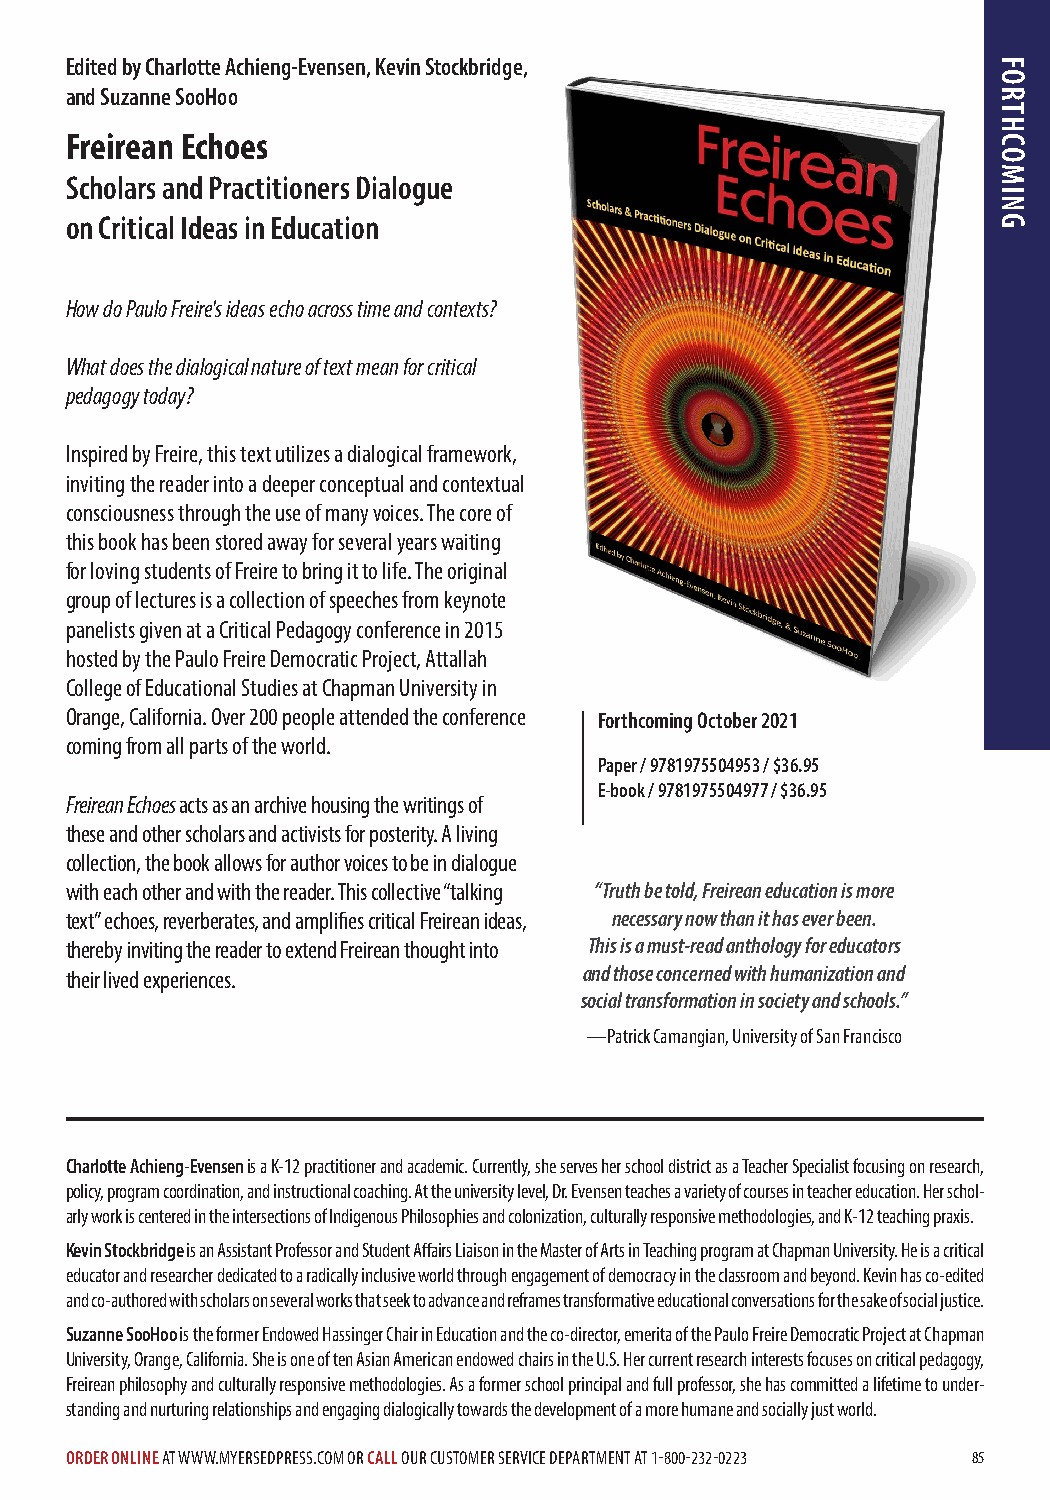
Edited by Charlotte Achieng-Evensen, Kevin Stockbridge,
 and Suzanne SooHoo
 Freirean Echoes
 Scholars and Practitioners Dialogue
 on Critical Ideas in Education
 How do Paulo Freire's ideas echo across time and contexts?
 What does the dialogical nature of text mean for critical
 pedagogy today?
 Inspired by Freire, this text utilizes a dialogical framework,
 inviting the reader into a deeper conceptual and contextual
 consciousness through the use of many voices. The core of
 this book has been stored away for several years waiting
 for loving students of Freire to bring it to life. The original
 group of lectures is a collection of speeches from keynote
 panelists given at a Critical Pedagogy conference in 2015
 hosted by the Paulo Freire Democratic Project, Attallah
 College of Educational Studies at Chapman University in
 Orange, California. Over 200 people attended the conference Forthcoming October 2021
 coming from all parts of the world.
 Paper / 9781975504953 / $36.95
 E-book / 9781975504977 / $36.95
 Freirean Echoes acts as an archive housing the writings of
 these and other scholars and activists for posterity. A living
 collection, the book allows for author voices to be in dialogue
 with each other and with the reader. This collective “talking “Truth be told, Freirean education is more
 text” echoes, reverberates, and amplifies critical Freirean ideas, necessary now than it has ever been.
 thereby inviting the reader to extend Freirean thought into This is a must-read anthology for educators
 their lived experiences.           and those concerned with humanization and
 social transformation in society and schools.”
 —Patrick Camangian, University of San Francisco
 Charlotte Achieng-Evensen is a K-12 practitioner and academic. Currently, she serves her school district as a Teacher Specialist focusing on research,
 policy, program coordination, and instructional coaching. At the university level, Dr. Evensen teaches a variety of courses in teacher education. Her schol-
 arly work is centered in the intersections of Indigenous Philosophies and colonization, culturally responsive methodologies, and K-12 teaching praxis.
 Kevin Stockbridge is an Assistant Professor and Student Affairs Liaison in the Master of Arts in Teaching program at Chapman University. He is a critical
 educator and researcher dedicated to a radically inclusive world through engagement of democracy in the classroom and beyond. Kevin has co-edited
 and co-authored with scholars on several works that seek to advance and reframes transformative educational conversations for the sake of social justice.
 Suzanne SooHoo is the former Endowed Hassinger Chair in Education and the co-director, emerita of the Paulo Freire Democratic Project at Chapman
 University, Orange, California. She is one of ten Asian American endowed chairs in the U.S. Her current research interests focuses on critical pedagogy,
 Freirean philosophy and culturally responsive methodologies. As a former school principal and full professor, she has committed a lifetime to under-
 standing and nurturing relationships and engaging dialogically towards the development of a more humane and socially just world.
 ORDER ONLINE AT WWW.MYERSEDPRESS.COM OR CALL OUR CUSTOMER SERVICE DEPARTMENT AT 1-800-232-0223 85
 FORTHCOMING